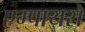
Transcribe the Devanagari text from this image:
एम्पायरों